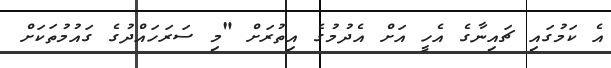
އެ ކަމުގައި ޗައިނާގެ އެހީ އަށް އެދުމުގެ އިތުރަށް "މި ސަރަހައްދުގެ ގައުމުތަކަށް